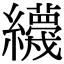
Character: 𦇪